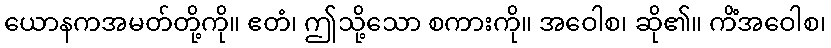
ယောနကအမတ်တို့ကို။ ဧတံ၊ ဤသို့သော စကားကို။ အဝေါစ၊ ဆို၏။ ကိံအဝေါစ၊